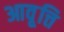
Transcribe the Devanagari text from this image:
आवृ्त्ति